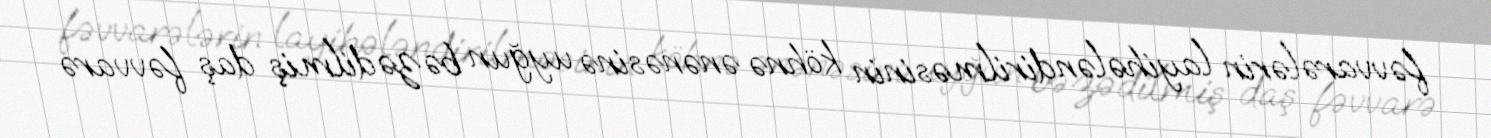
fəvvarələrin layihələndirilməsinin köhnə ənənəsinə uyğun bəzədilmiş daş fəvvarə